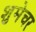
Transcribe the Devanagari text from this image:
शुमेचर